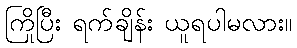
ကြိုပြီး ရက်ချိန်း ယူရပါမလား။